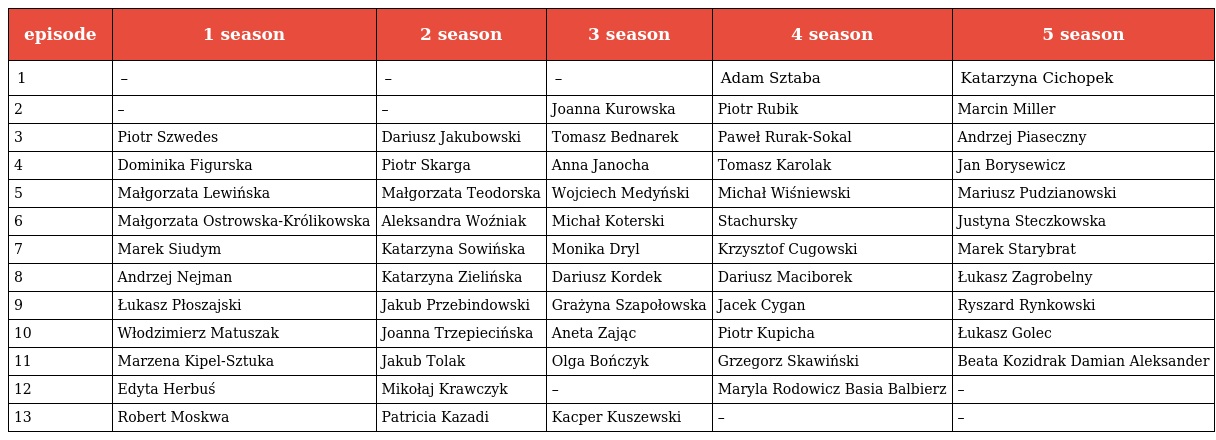
| episode | 1 season | 2 season | 3 season | 4 season | 5 season |
 | --- | --- | --- | --- | --- | --- |
 | 1 | – | – | – | Adam Sztaba | Katarzyna Cichopek |
 | 2 | – | – | Joanna Kurowska | Piotr Rubik | Marcin Miller |
 | 3 | Piotr Szwedes | Dariusz Jakubowski | Tomasz Bednarek | Paweł Rurak-Sokal | Andrzej Piaseczny |
 | 4 | Dominika Figurska | Piotr Skarga | Anna Janocha | Tomasz Karolak | Jan Borysewicz |
 | 5 | Małgorzata Lewińska | Małgorzata Teodorska | Wojciech Medyński | Michał Wiśniewski | Mariusz Pudzianowski |
 | 6 | Małgorzata Ostrowska-Królikowska | Aleksandra Woźniak | Michał Koterski | Stachursky | Justyna Steczkowska |
 | 7 | Marek Siudym | Katarzyna Sowińska | Monika Dryl | Krzysztof Cugowski | Marek Starybrat |
 | 8 | Andrzej Nejman | Katarzyna Zielińska | Dariusz Kordek | Dariusz Maciborek | Łukasz Zagrobelny |
 | 9 | Łukasz Płoszajski | Jakub Przebindowski | Grażyna Szapołowska | Jacek Cygan | Ryszard Rynkowski |
 | 10 | Włodzimierz Matuszak | Joanna Trzepiecińska | Aneta Zając | Piotr Kupicha | Łukasz Golec |
 | 11 | Marzena Kipel-Sztuka | Jakub Tolak | Olga Bończyk | Grzegorz Skawiński | Beata Kozidrak Damian Aleksander |
 | 12 | Edyta Herbuś | Mikołaj Krawczyk | – | Maryla Rodowicz Basia Balbierz | – |
 | 13 | Robert Moskwa | Patricia Kazadi | Kacper Kuszewski | – | – |